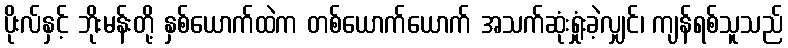
ပိုးလ်နှင့် ဘိုးမန်းတို့ နှစ်ယောက်ထဲက တစ်ယောက်ယောက် အသက်ဆုံးရှုံးခဲ့လျှင်၊ ကျန်ရစ်သူသည်